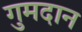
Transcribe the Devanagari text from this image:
गुमदान